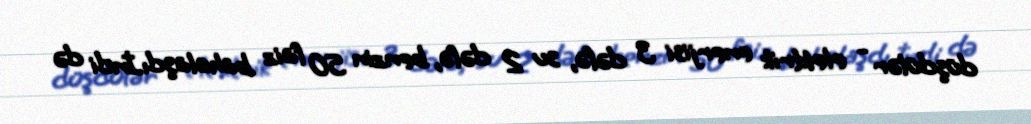
düşdülər - elektrik enerjisi 3 dəfə, su 2 dəfə, benzin 50 faiz bahalaşdı.İndi də